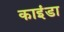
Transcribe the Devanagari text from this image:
काइंडा